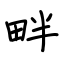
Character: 畔